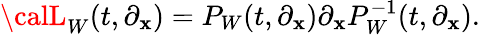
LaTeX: {\calL}_{W}(t,\partial_{\mathbf{x}})=P_{W}(t,\partial_{\mathbf{x}})\partial_{\mathbf{x}}P_{W}^{-1}(t,\partial_{\mathbf{x}}).